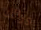
ورائك